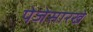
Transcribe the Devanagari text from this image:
पेजेसारखे